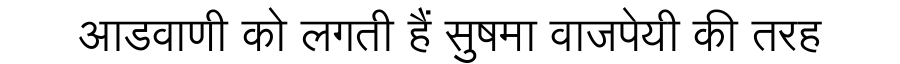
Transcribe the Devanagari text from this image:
आडवाणी को लगती हैं सुषमा वाजपेयी की तरह